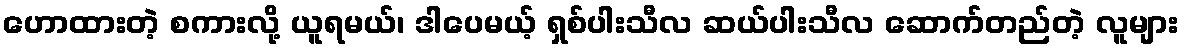
ဟောထားတဲ့ စကားလို့ ယူရမယ်၊ ဒါပေမယ့် ရှစ်ပါးသီလ ဆယ်ပါးသီလ ဆောက်တည်တဲ့ လူများ